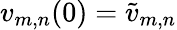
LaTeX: v_{m,n}(0)=\tilde{v}_{m,n}